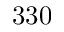
3 3 0